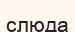
слюда